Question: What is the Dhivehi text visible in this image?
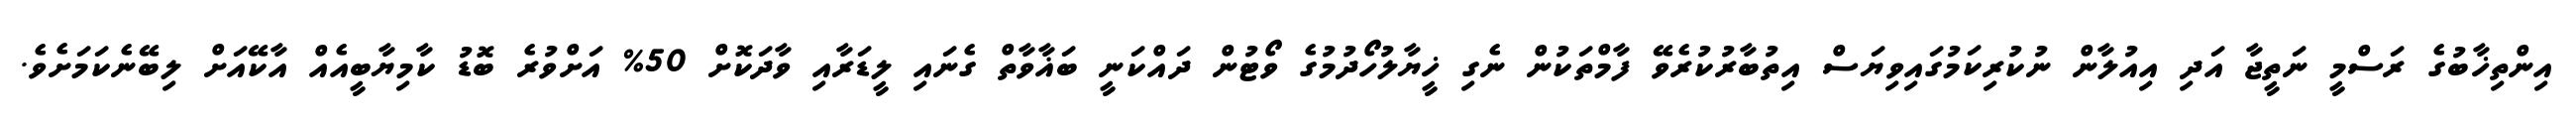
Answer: އިންތިޚާބުގެ ރަސްމީ ނަތީޖާ އަދި އިއުލާން ނުކުރިކަމުގައިވިޔަސް އިތުބާރުކުރެވޭ ފާމްތަކުން ނެގި ޚީޔާލުހޯދުމުގެ ވޯޓުން ދައްކަނީ ބަޣާވާތް ގެނައި ލީޑަރާއި ވާދަކޮށް 50% އަށްވުރެ ބޮޑު ކާމިޔާބީއެއް އާކޭއަށް ލިބޭނެކަމަށެވެ.